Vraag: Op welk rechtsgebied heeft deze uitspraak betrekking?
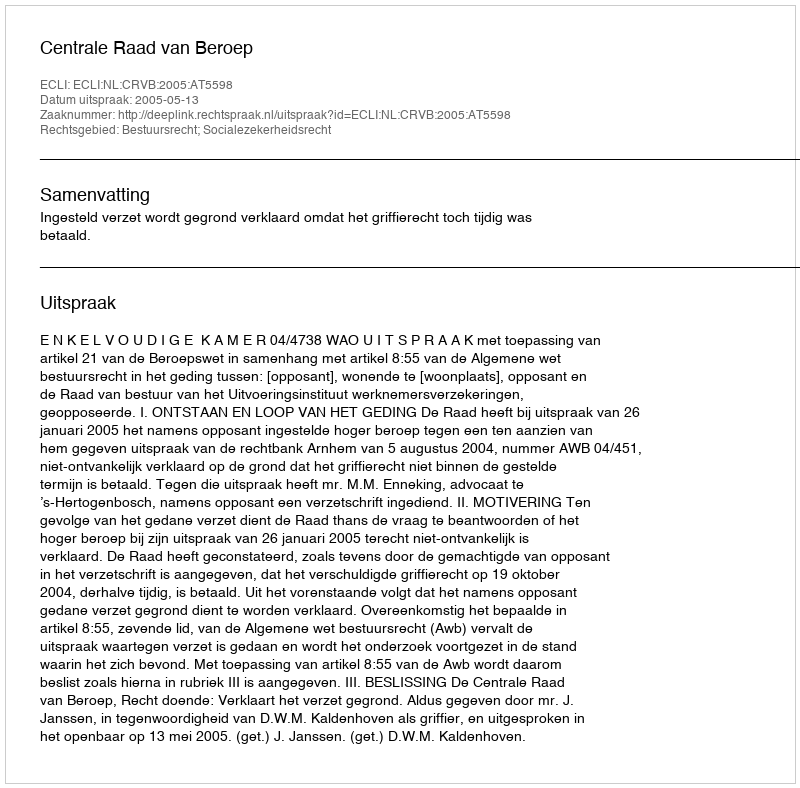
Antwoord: Bestuursrecht; Socialezekerheidsrecht